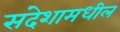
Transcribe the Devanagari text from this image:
संदेशामधील